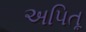
અપિતૂ